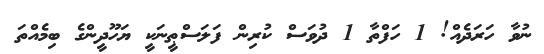
ނުވާ ހަރަދެއް! 1 ހަފްތާ 1 ދުވަސް ކުރިން ފަލަސްޠީނަކީ ޔަހޫދީންގެ ބިމެއްތަ